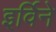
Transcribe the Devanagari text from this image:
इर्विने